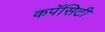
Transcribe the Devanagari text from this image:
कपॅसिटी